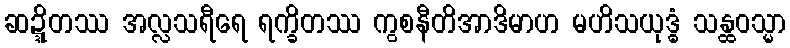
ဆဍ္ဍိတဿ အလ္လသရီရေ ရက္ခိတဿ ကွစနီတိအာဒိမာဟ မဟိသယုဒ္ဓံ သန္ထဝသ္မာ